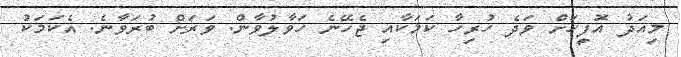
މިއަދު އޮފީހަށް ވަދެ ހުރިހާ ކަމަކާއި ޖެހޭނެ ހަވާލުވާން. ވަރަށް ބުރަވާނެ. އެކަމަކު